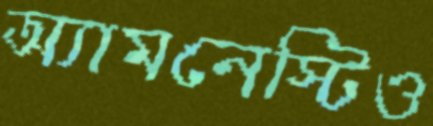
অ্যামনেস্টিও